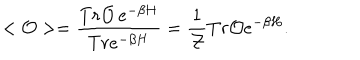
< { \cal O } > = \frac { T r { \cal O } \, e ^ { - \beta H } } { T r e ^ { - \beta H } } = \frac { 1 } { { \cal Z } } T r { \cal O } e ^ { - \beta H } .